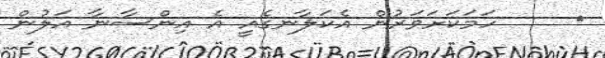
٨     ހަމަކަށަވަރުން އެކަލާނގެއީ އެ އިންސާނާ އަލުން